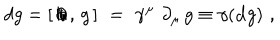
LaTeX: d g = [ \, \partial \kern - 0 . 5 e m / \, , \, g \, ] \, \, = \, \, \gamma ^ { \mu } \, \, \partial _ { \mu } \, g \equiv \gamma ( { \bf d } g ) \, \, ,